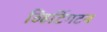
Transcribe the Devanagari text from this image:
व्हिटिंगटन